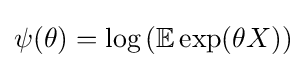
\psi (\theta )=\log \left(\mathbb {E} \exp(\theta X)\right)